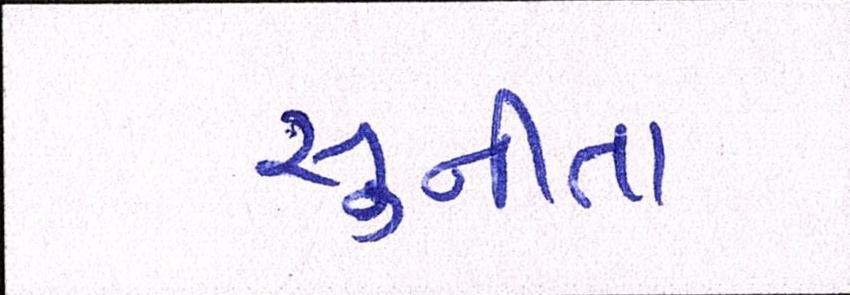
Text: સુનીતા